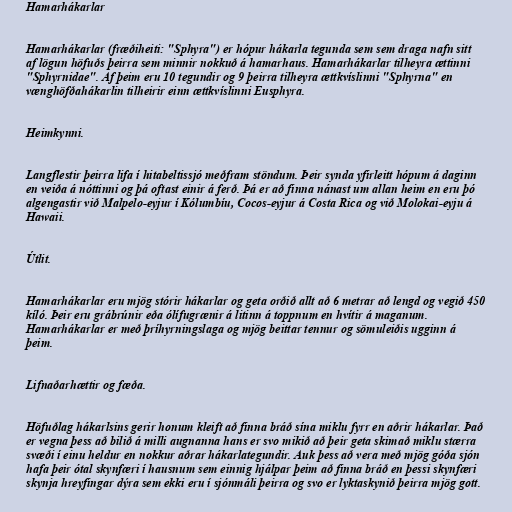
Hamarhákarlar

Hamarhákarlar (fræðiheiti: "Sphyra") er hópur hákarla tegunda sem sem draga nafn sitt
af lögun höfuðs þeirra sem minnir nokkuð á hamarhaus. Hamarhákarlar tilheyra ættinni
"Sphyrnidae". Af þeim eru 10 tegundir og 9 þeirra tilheyra ættkvíslinni "Sphyrna" en
vænghöfðahákarlin tilheirir einn ættkvíslinni Eusphyra.

Heimkynni.

Langflestir þeirra lifa í hitabeltissjó meðfram stöndum. Þeir synda yfirleitt hópum á daginn
en veiða á nóttinni og þá oftast einir á ferð. Þá er að finna nánast um allan heim en eru þó
algengastir við Malpelo-eyjur í Kólumbíu, Cocos-eyjur á Costa Rica og við Molokai-eyju á
Hawaii.

Útlit.

Hamarhákarlar eru mjög stórir hákarlar og geta orðið allt að 6 metrar að lengd og vegið 450
kíló. Þeir eru grábrúnir eða ólífugrænir á litinn á toppnum en hvítir á maganum.
Hamarhákarlar er með þríhyrningslaga og mjög beittar tennur og sömuleiðis ugginn á
þeim.

Lifnaðarhættir og fæða.

Höfuðlag hákarlsins gerir honum kleift að finna bráð sína miklu fyrr en aðrir hákarlar. Það
er vegna þess að bilið á milli augnanna hans er svo mikið að þeir geta skimað miklu stærra
svæði í einu heldur en nokkur aðrar hákarlategundir. Auk þess að vera með mjög góða sjón
hafa þeir ótal skynfæri í hausnum sem einnig hjálpar þeim að finna bráð en þessi skynfæri
skynja hreyfingar dýra sem ekki eru í sjónmáli þeirra og svo er lyktaskynið þeirra mjög gott.